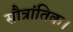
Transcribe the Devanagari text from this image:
सौत्रांतिक।